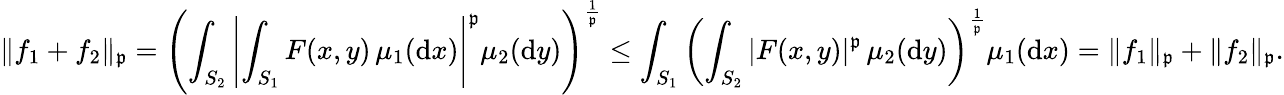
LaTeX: \| f_{1}+f_{2}\| _{\mathfrak{p}}=\left(\int_{S_{2}}\left|\int_{S_{1}}F(x,y)\, \mu_{1}(\mathrm{{d}}x)\right|^{\mathfrak{p}}\mu_{2}(\mathrm{{d}}y)\right)^{\frac{{1}}{{\mathfrak{p}}}}\leq\int_{S_{1}}\left(\int_{S_{2}}|F(x,y)|^{\mathfrak{p}}\, \mu_{2}(\mathrm{{d}}y)\right)^{\frac{{1}}{{\mathfrak{p}}}}\mu_{1}(\mathrm{{d}}x)=\| f_{1}\| _{\mathfrak{p}}+\| f_{2}\| _{\mathfrak{p}}.